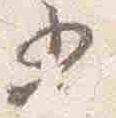
五